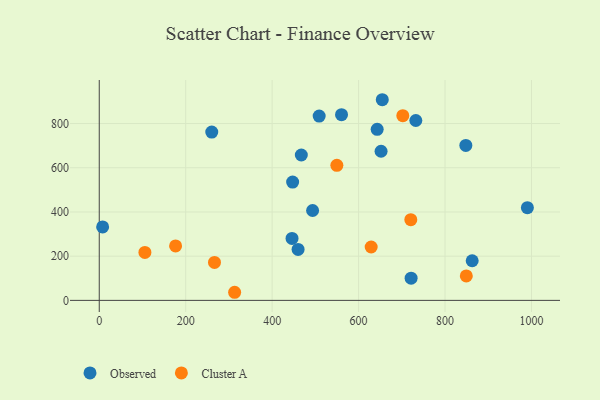
{"axis": {"x": "Study Hours", "y": "Fuel Efficiency"}, "legend": ["Cluster A", "Observed"], "data": [{"x": "446.0", "y": 280.2, "type": "Observed"}, {"x": "643.0", "y": 774.1, "type": "Observed"}, {"x": "560.5", "y": 840.0, "type": "Observed"}, {"x": "862.8", "y": 179.3, "type": "Observed"}, {"x": "447.4", "y": 535.2, "type": "Observed"}, {"x": "260.3", "y": 761.3, "type": "Observed"}, {"x": "990.5", "y": 419.5, "type": "Observed"}, {"x": "848.1", "y": 700.9, "type": "Observed"}, {"x": "493.6", "y": 406.6, "type": "Observed"}, {"x": "654.8", "y": 907.8, "type": "Observed"}, {"x": "732.4", "y": 813.8, "type": "Observed"}, {"x": "721.5", "y": 100.6, "type": "Observed"}, {"x": "467.5", "y": 657.7, "type": "Observed"}, {"x": "460.0", "y": 230.6, "type": "Observed"}, {"x": "508.8", "y": 833.9, "type": "Observed"}, {"x": "652.0", "y": 674.8, "type": "Observed"}, {"x": "7.8", "y": 332.2, "type": "Observed"}, {"x": "629.1", "y": 241.5, "type": "Cluster A"}, {"x": "176.6", "y": 246.2, "type": "Cluster A"}, {"x": "313.2", "y": 36.7, "type": "Cluster A"}, {"x": "702.3", "y": 835.6, "type": "Cluster A"}, {"x": "266.6", "y": 171.8, "type": "Cluster A"}, {"x": "720.8", "y": 365.3, "type": "Cluster A"}, {"x": "849.2", "y": 110.8, "type": "Cluster A"}, {"x": "105.6", "y": 216.9, "type": "Cluster A"}, {"x": "549.7", "y": 611.1, "type": "Cluster A"}]}